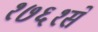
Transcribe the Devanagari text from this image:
१७६१से